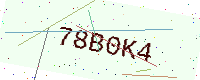
Text: 78B0K4